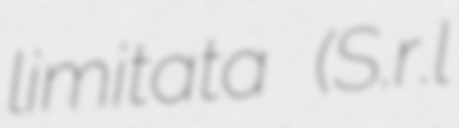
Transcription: limitata (S.r.l